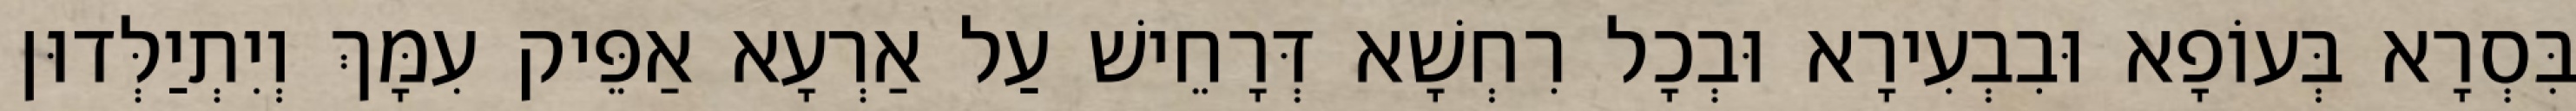
בִּסְרָא בְּעוֹפָא וּבִבְעִירָא וּבְכָל רִחְשָׁא דְּרָחֵישׁ עַל אַרְעָא אַפֵּיק עִמָּךְ וְיִתְיַלְּדוּן